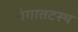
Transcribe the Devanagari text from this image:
गंगातटस्थ